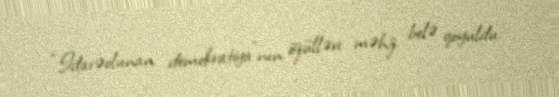
“İdarəolunan demokratiya”nın özülləri məhz belə qoyuldu.